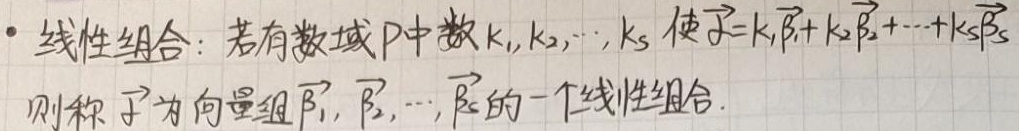
- **线性组合**：若有数域$P$中数$k_1,k_2,\cdots,k_s$使$\vec{\alpha}=k_1\vec{\beta}_1 + k_2\vec{\beta}_2+\cdots + k_s\vec{\beta}_s$，则称$\vec{\alpha}$为向量组$\vec{\beta}_1,\vec{\beta}_2,\cdots,\vec{\beta}_s$的一个线性组合。